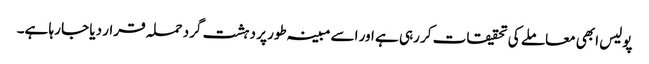
پولیس ابھی معاملے کی تحقیقات کر رہی ہے اور اسے مبینہ طور پر دہشت گرد حملہ قرار دیا جا رہا ہے۔